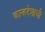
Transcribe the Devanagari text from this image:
कान्हदेशाची